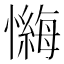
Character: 𪬶